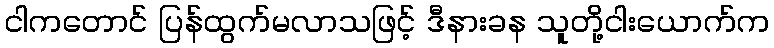
ငါကတောင် ပြန်ထွက်မလာသဖြင့် ဒီနားခန သူတို့ငါးယောက်က